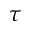
\tau